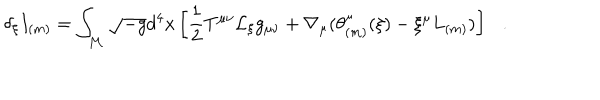
LaTeX: \delta _ { \xi } I _ { ( m ) } = \int _ { \cal M } \sqrt { - g } d ^ { 4 } x \left[ \frac 1 2 T ^ { \mu \nu } { \cal L } _ { \xi } g _ { \mu \nu } + \nabla _ { \mu } ( \theta _ { ( m ) } ^ { \mu } ( \xi ) - \xi ^ { \mu } L _ { ( m ) } ) \right] .